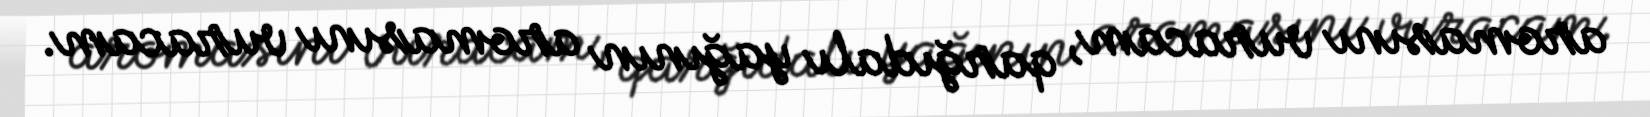
aromasını vuracam, qarğıdalı yağının aromasını vuracam.